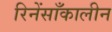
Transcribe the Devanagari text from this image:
रिनेंसाँकालीन